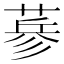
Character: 𦷇